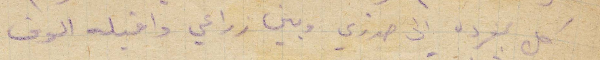
كل بمفرده الى صدري وبين زراعي واقبله الوف